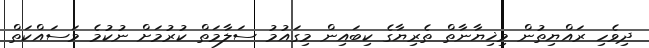
ދިވެހި ރައްޔިތުން މިޚިޔާނާތް ތެރިޔާގެ ކިބައިން މިގައުމު ސަލާމަތް ކުރުމަށް ނުކުމެ މަސައްކަތް